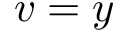
v = y